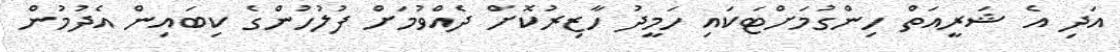
އަދި އެ ޝަރީއަތް ހިންގުމަށްޓަކައި ހަމީދު ހާޒިރުކޮށް ދެއްވުމަށް ފުލުހުންގެ ކިބައިން އެދުމުން